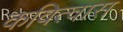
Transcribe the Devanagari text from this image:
कवित्वास